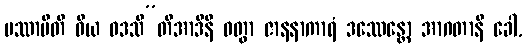
ပဿာမီတိ ဝိယ ဝဒသီ”တိအာဒီနိ ဝတွာ ဇာနနာကာရံ ဒဿေန္တော အာဂတာနိ ခေါ,